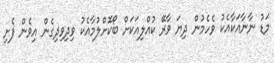
މަޑު ނާނާއަކާއެކު ވެހެމުން ދިޔަ ވާރޭ ކުއްލިއަކަށް ބޯކޮށްލުމާއެކު ވިދިވިދިގެން އިވެން ފެށި